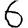
Digit: 6